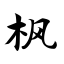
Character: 枫